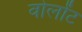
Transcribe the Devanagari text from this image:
वोलोंट